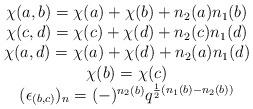
LaTeX: \begin{align*}\begin{array}{c}\chi (a,b)=\chi (a)+\chi (b)+n_{2}(a)n_{1}(b)\\\chi (c,d)=\chi (c)+\chi (d)+n_{2}(c)n_{1}(d)\\\chi (a,d)=\chi (a)+\chi (d)+n_{2}(a)n_{1}(d)\\\chi(b)=\chi(c)\\(\epsilon_{(b,c)})_{n}=(-)^{n_{2}(b)} q^{\frac{1}{2}(n_{1}(b)-n_{2}(b))}\end{array}\end{align*}